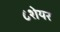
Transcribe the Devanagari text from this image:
८शेयर